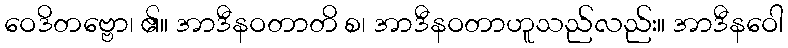
ဝေဒိတဗ္ဗော၊ ၏။ အာဒီနဝတာတိ စ၊ အာဒီနဝတာဟူသည်လည်း။ အာဒီနဝေါ